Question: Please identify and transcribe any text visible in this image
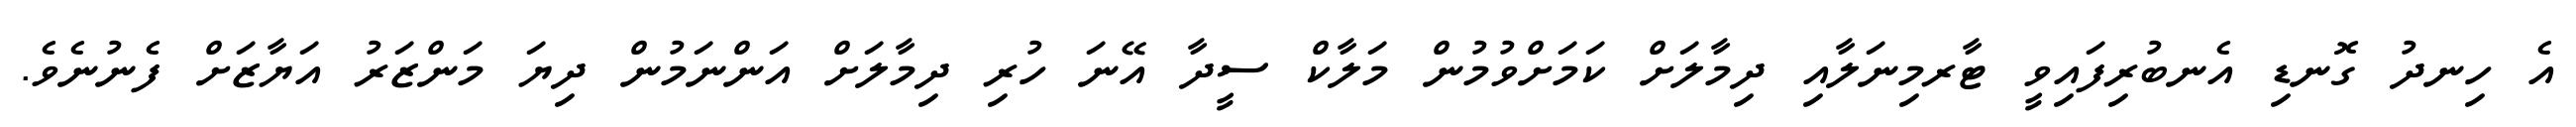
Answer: އެ ހިނދު ގޮނޑި އެނބުރިފައިވީ ޓާރމިނަލާއި ދިމާލަށް ކަމަށްވުމުން މަލާކް ސީދާ އޭނަ ހުރި ދިމާލަށް އަންނަމުން ދިޔަ މަންޒަރު އަޔާޒަށް ފެނުނެވެ.